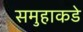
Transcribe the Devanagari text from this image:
समुहाकडे